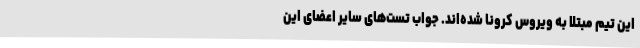
این تیم مبتلا به ویروس کرونا شده‌اند. جواب تست‌های سایر اعضای این